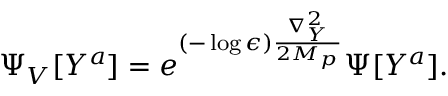
\Psi _ { V } [ Y ^ { a } ] = e ^ { ( - \log \epsilon ) { \frac { \nabla _ { Y } ^ { 2 } } { 2 M _ { p } } } } \Psi [ Y ^ { a } ] .